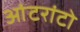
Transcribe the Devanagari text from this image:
आंटरांटो